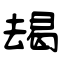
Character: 朅